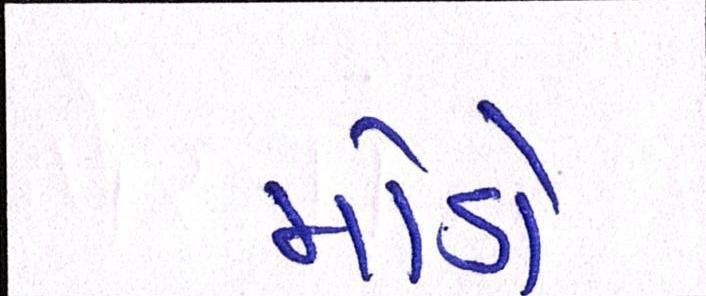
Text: મોડો